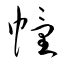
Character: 幢